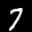
Label: 7